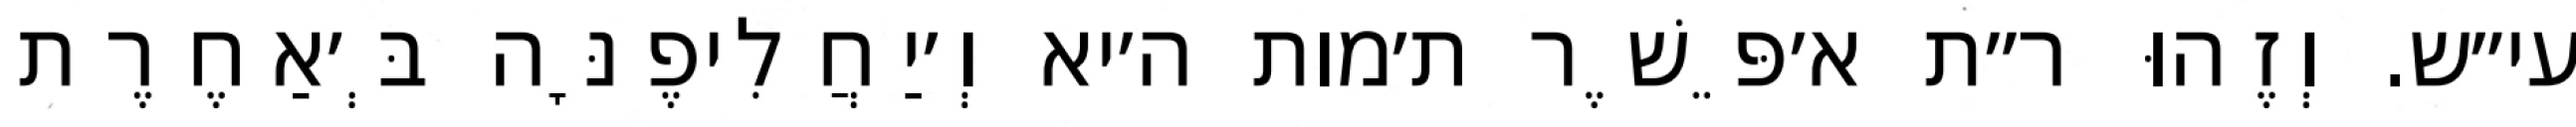
עי״ש. וְזֶהוּ ר״ת א׳פֵּשֶׁר ת׳מות ה׳יא וְ׳יַחֲלִיפֶנָּה בְּ׳אַחֶרֶת